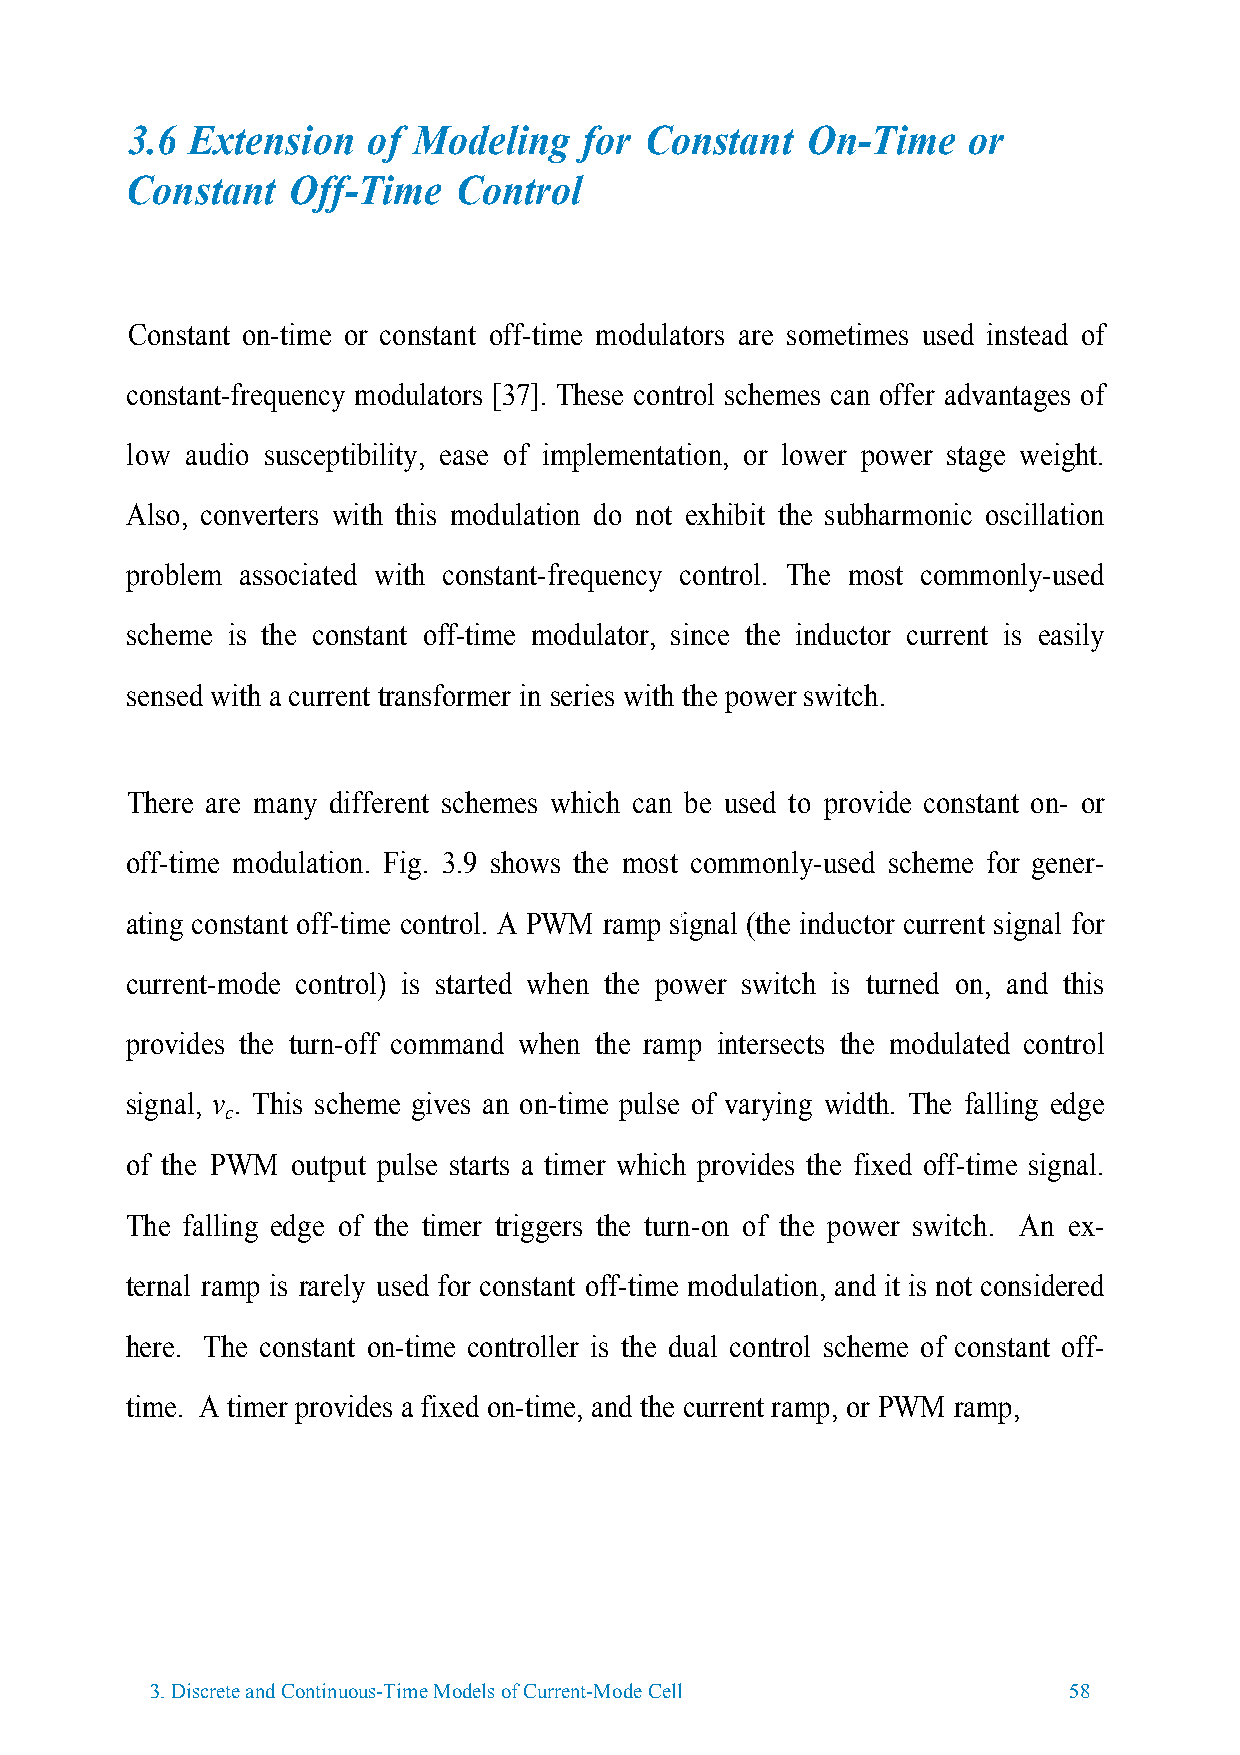
3.6 Extension   of Modeling   for  Constant  On-Time    or
 Constant   Off-Time   Control
 Constant on-time or constant off-time modulators are sometimes used instead of
 constant-frequency modulators [37]. These control schemes can offer advantages of
 low audio susceptibility, ease of implementation, or lower power stage weight.
 Also, converters with this modulation do not exhibit the subharmonic oscillation
 problem associated with constant-frequency control. The most commonly-used
 scheme is the constant off-time modulator, since the inductor current is easily
 sensed with a current transformer in series with the power switch.
 There are many different schemes which can be used to provide constant on- or
 off-time modulation. Fig. 3.9 shows the most commonly-used scheme for gener-
 ating constant off-time control. A PWM ramp signal (the inductor current signal for
 current-mode control) is started when the power switch is turned on, and this
 provides the turn-off command when the ramp intersects the modulated control
 signal, v . This scheme gives an on-time pulse of varying width. The falling edge
 c
 of the PWM output pulse starts a timer which provides the fixed off-time signal.
 The falling edge of the timer triggers the turn-on of the power switch. An ex-
 ternal ramp is rarely used for constant off-time modulation, and it is not considered
 here. The constant on-time controller is the dual control scheme of constant off-
 time. A timer provides a fixed on-time, and the current ramp, or PWM ramp,
 3.Discrete and Continuous-Time Models of Current-Mode Cell   58